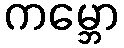
ကမ္ဘော